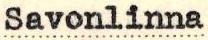
Savonlinna